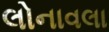
લોનાવલા